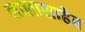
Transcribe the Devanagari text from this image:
लालासाहेब